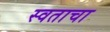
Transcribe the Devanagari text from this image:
स्वताचा